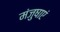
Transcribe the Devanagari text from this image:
मंजुषाएं